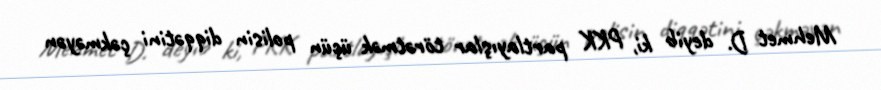
Mehmet D. deyib ki, PKK partlayışlar törətmək üçün polisin diqqətini çəkməyən